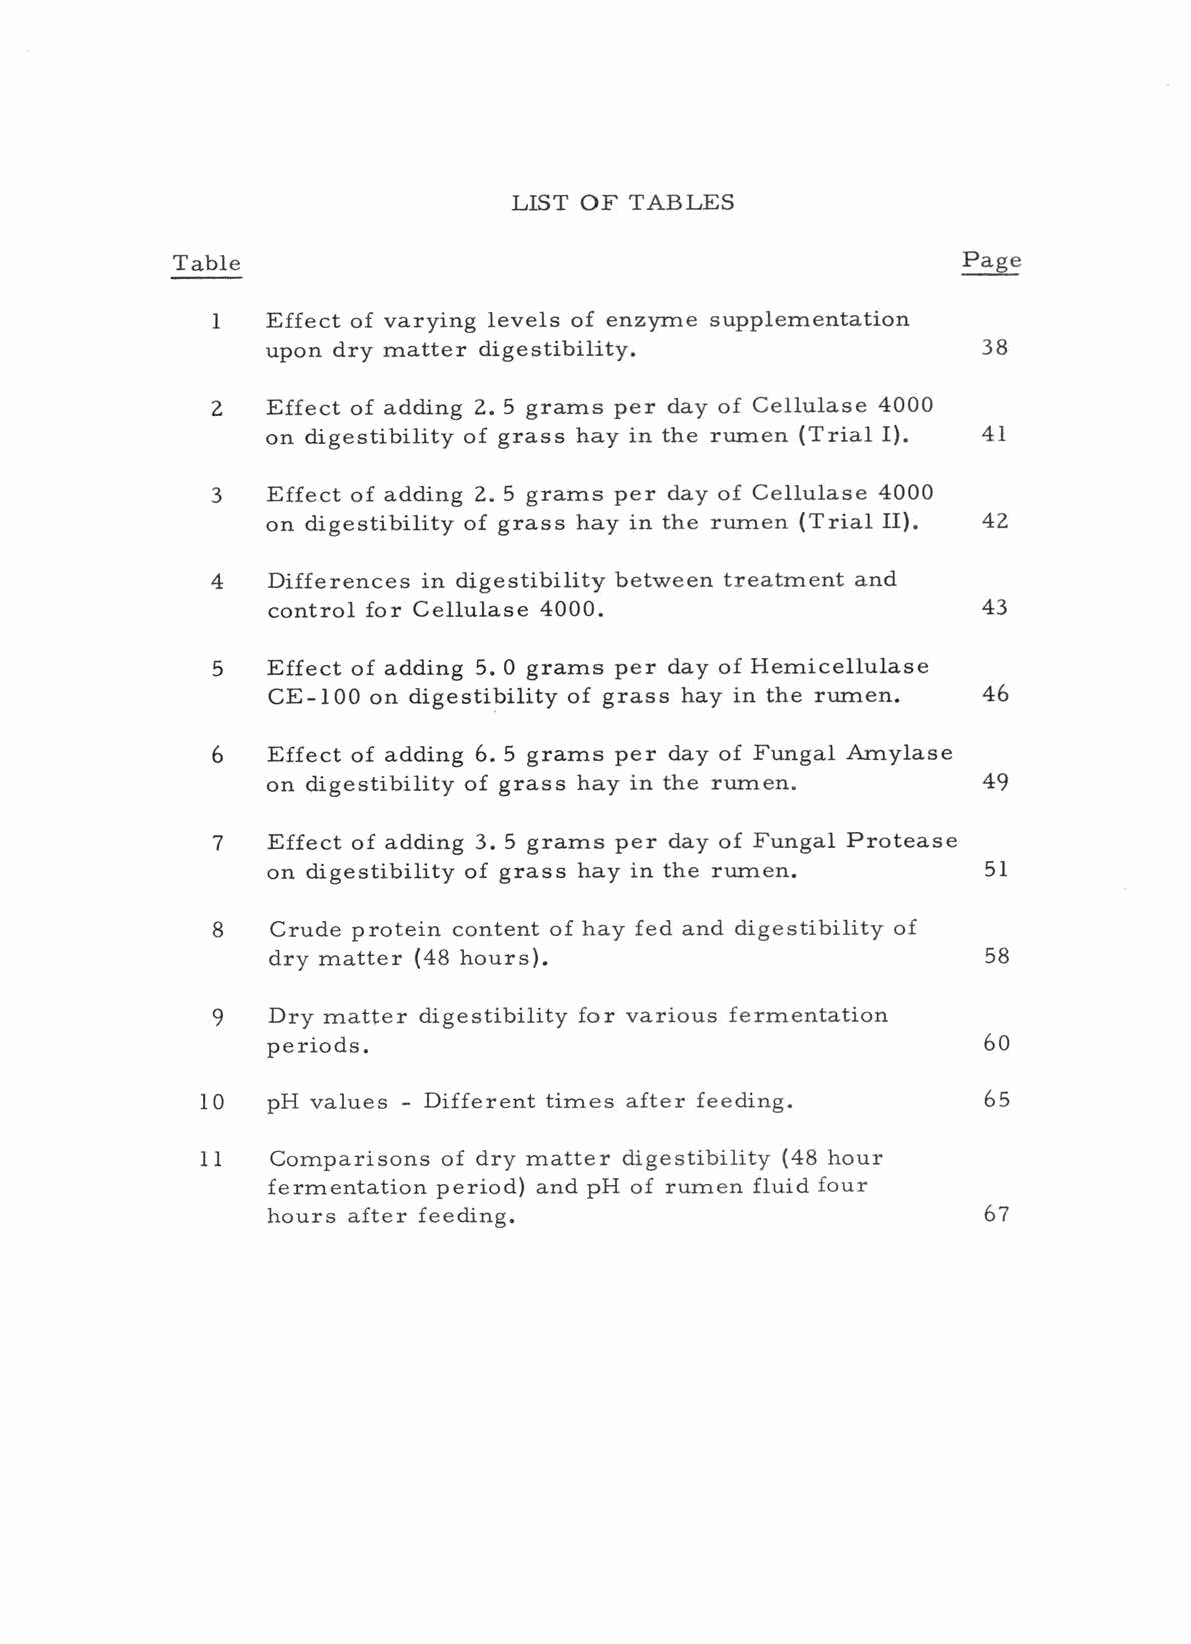
LIST OF TABLES
 Table                                                Page
 Effect of varying levels of enzyme supplementation
 1
 upon dry matter digestibility.                 38
 2   Effect of adding 2.5 grams per day of Cellulase 4000
 on digestibility of grass hay in the rumen (Trial I). 41
 3   Effect of adding 2. 5 grams per day of Cellulase 4000
 on digestibility of grass hay in the rumen (Trial II). 42
 4   Differences in digestibility between treatment and
 control for Cellulase 4000.                    43
 5   Effect of adding 5. 0 grams per day of Hemicellulase
 CE -100 on digestibility of grass hay in the rumen. 46
 6   Effect of adding 6. 5 grams per day of Fungal Amylase
 on digestibility of grass hay in the rumen.    49
 7   Effect of adding 3. 5 grams per day of Fungal Protease
 on digestibility of grass hay in the rumen.    51
 Crude protein content of hay fed and digestibility of
 8
 dry matter (48 hours).                         58
 Dry matter digestibility for various fermentation
 9
 periods.                                       60
 10   pH values - Different times after feeding.     65
 11   Comparisons of dry matter digestibility (48 hour
 fermentation period) and pH of rumen fluid four
 hours after feeding.                           67